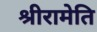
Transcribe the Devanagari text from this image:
श्रीरामेति